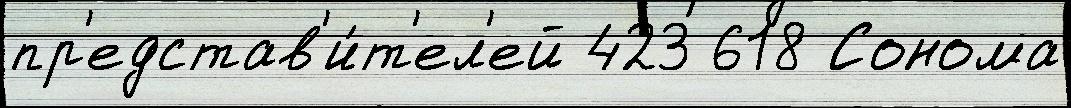
пр'едстав'и́т'ел'ей 423 618 Сонома